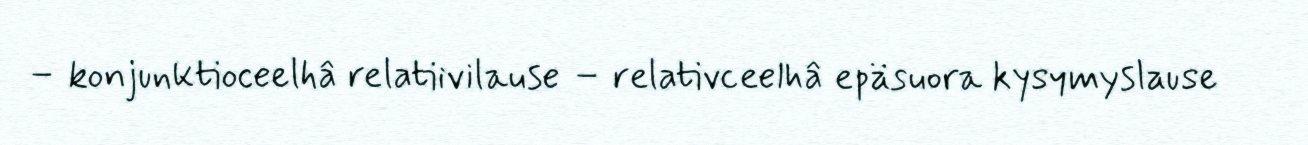
– konjunktioceelhâ relatiivilause – relativceelhâ epäsuora kysymyslause